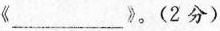
《___》。（2分）